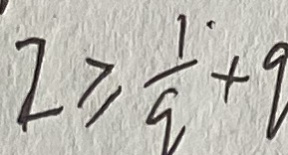
2 \geq \frac { 1 } { q } + q